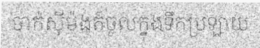
ចាក់ស៊ីម៉ង់ត៍ចូលក្នុងទឹកប្រឡាយ